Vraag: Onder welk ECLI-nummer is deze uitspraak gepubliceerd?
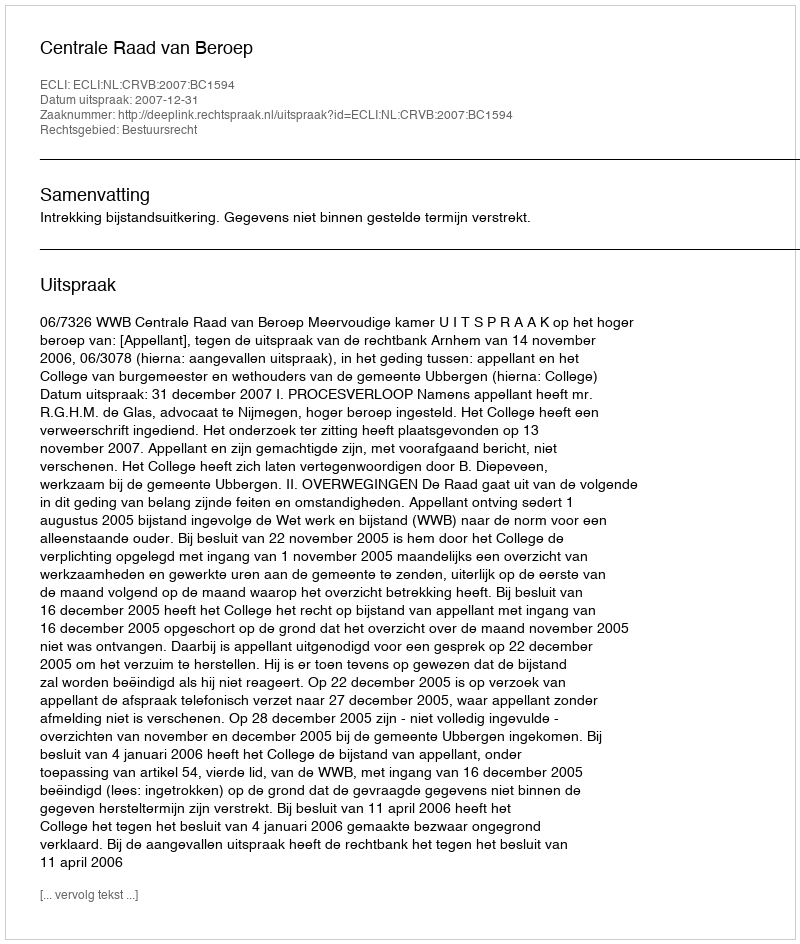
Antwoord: ECLI:NL:CRVB:2007:BC1594